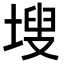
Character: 𭎾